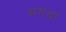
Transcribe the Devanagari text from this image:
अगथा